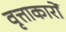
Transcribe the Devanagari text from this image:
वृत्ताकारों